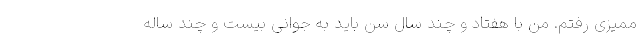
ممیزی رفتم. من با هفتاد و چند سال سن باید به جوانی بیست و چند ساله